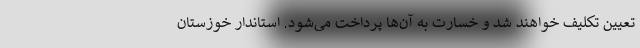
تعیین تکلیف خواهند شد و خسارت به آن‌ها پرداخت می‌شود. استاندار خوزستان